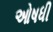
ઓષધી